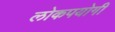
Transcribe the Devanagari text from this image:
लोकपयोगी